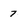
Character: 7